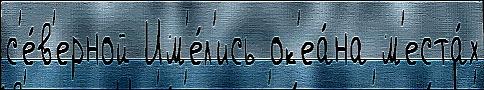
с'е́в'ерной Им'е́л'ись ок'еа́на м'еста́х